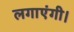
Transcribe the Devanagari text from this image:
लगाएंगी।